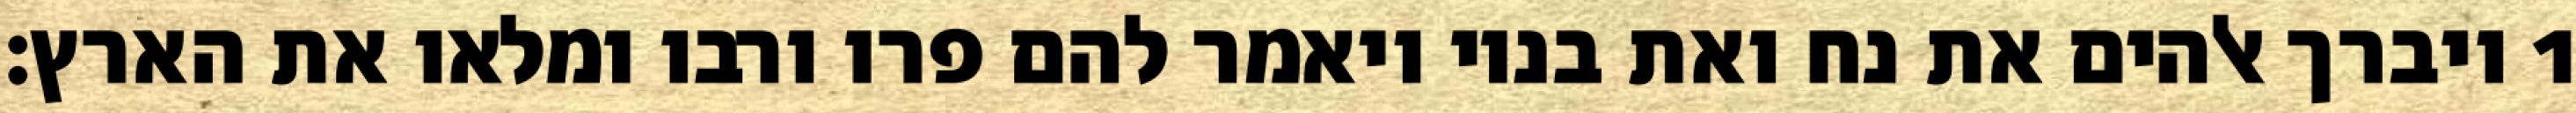
1 ויברך אלהים את נח ואת בניו ויאמר להם פרו ורבו ומלאו את הארץ׃